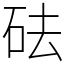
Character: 砝